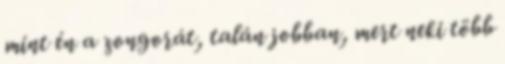
mint én a zongorát, talán jobban, mert neki több